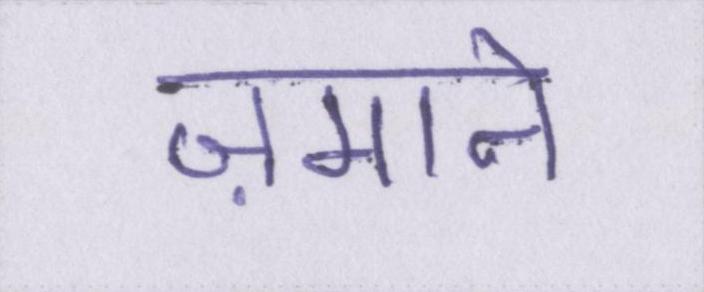
ज़माने